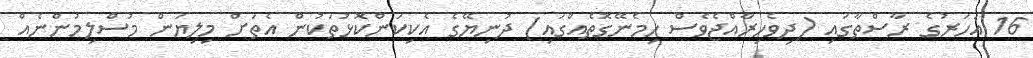
16 އަހަރުގެ ރާސްތާގައި (ދިވެހިރާއްޖެވެސް ހިމެނޭގޮތެއްގައި) ދުނިޔޭގެ އެކިކަންކޮޅުތަކުން އެތަށް މިލިޔަން މުސްލިމުންނެއް